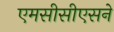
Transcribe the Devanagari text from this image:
एमसीसीएसने